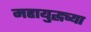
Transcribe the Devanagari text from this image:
महायुद्धच्या